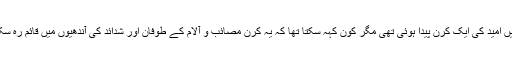
مدینہ میں امید کی ایک کرن پیدا ہوئی تھی مگر کون کہہ سکتا تھا کہ یہ کرن مصائب و آلام کے طوفان اور شدائد کی آندھیوں میں قائم رہ سکے گی۔